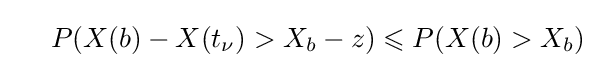
\ \ \ \ P(X(b)-X(t_{\nu })>X_{b}-z)\leqslant P(X(b)>X_{b})